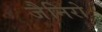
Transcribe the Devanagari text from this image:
जैनिरो